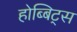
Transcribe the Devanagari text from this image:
होब्बिट्स